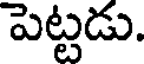
పెట్టడు.